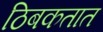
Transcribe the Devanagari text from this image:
ठिबकतात